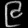
Digit: ၉